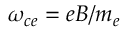
\omega _ { c e } = e B / m _ { e }